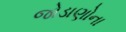
જોડાણોના